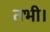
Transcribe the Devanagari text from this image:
तभी।